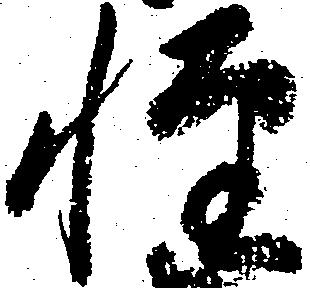
軽